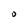
Character: O